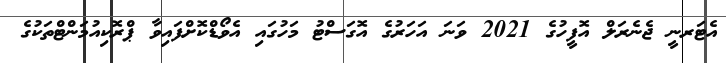
އެޓަރނީ ޖެނެރަލް އޮފީހުގެ 2021 ވަނަ އަހަރުގެ އޮގަސްޓު މަހުގައި އެވޯޑްކޮށްފައިވާ ޕްރޮކިއުމަންޓްތަކުގެ